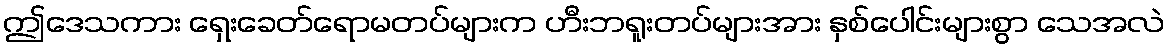
ဤဒေသကား ရှေးခေတ်ရောမတပ်များက ဟီးဘရူးတပ်များအား နှစ်ပေါင်းများစွာ သေအလဲ